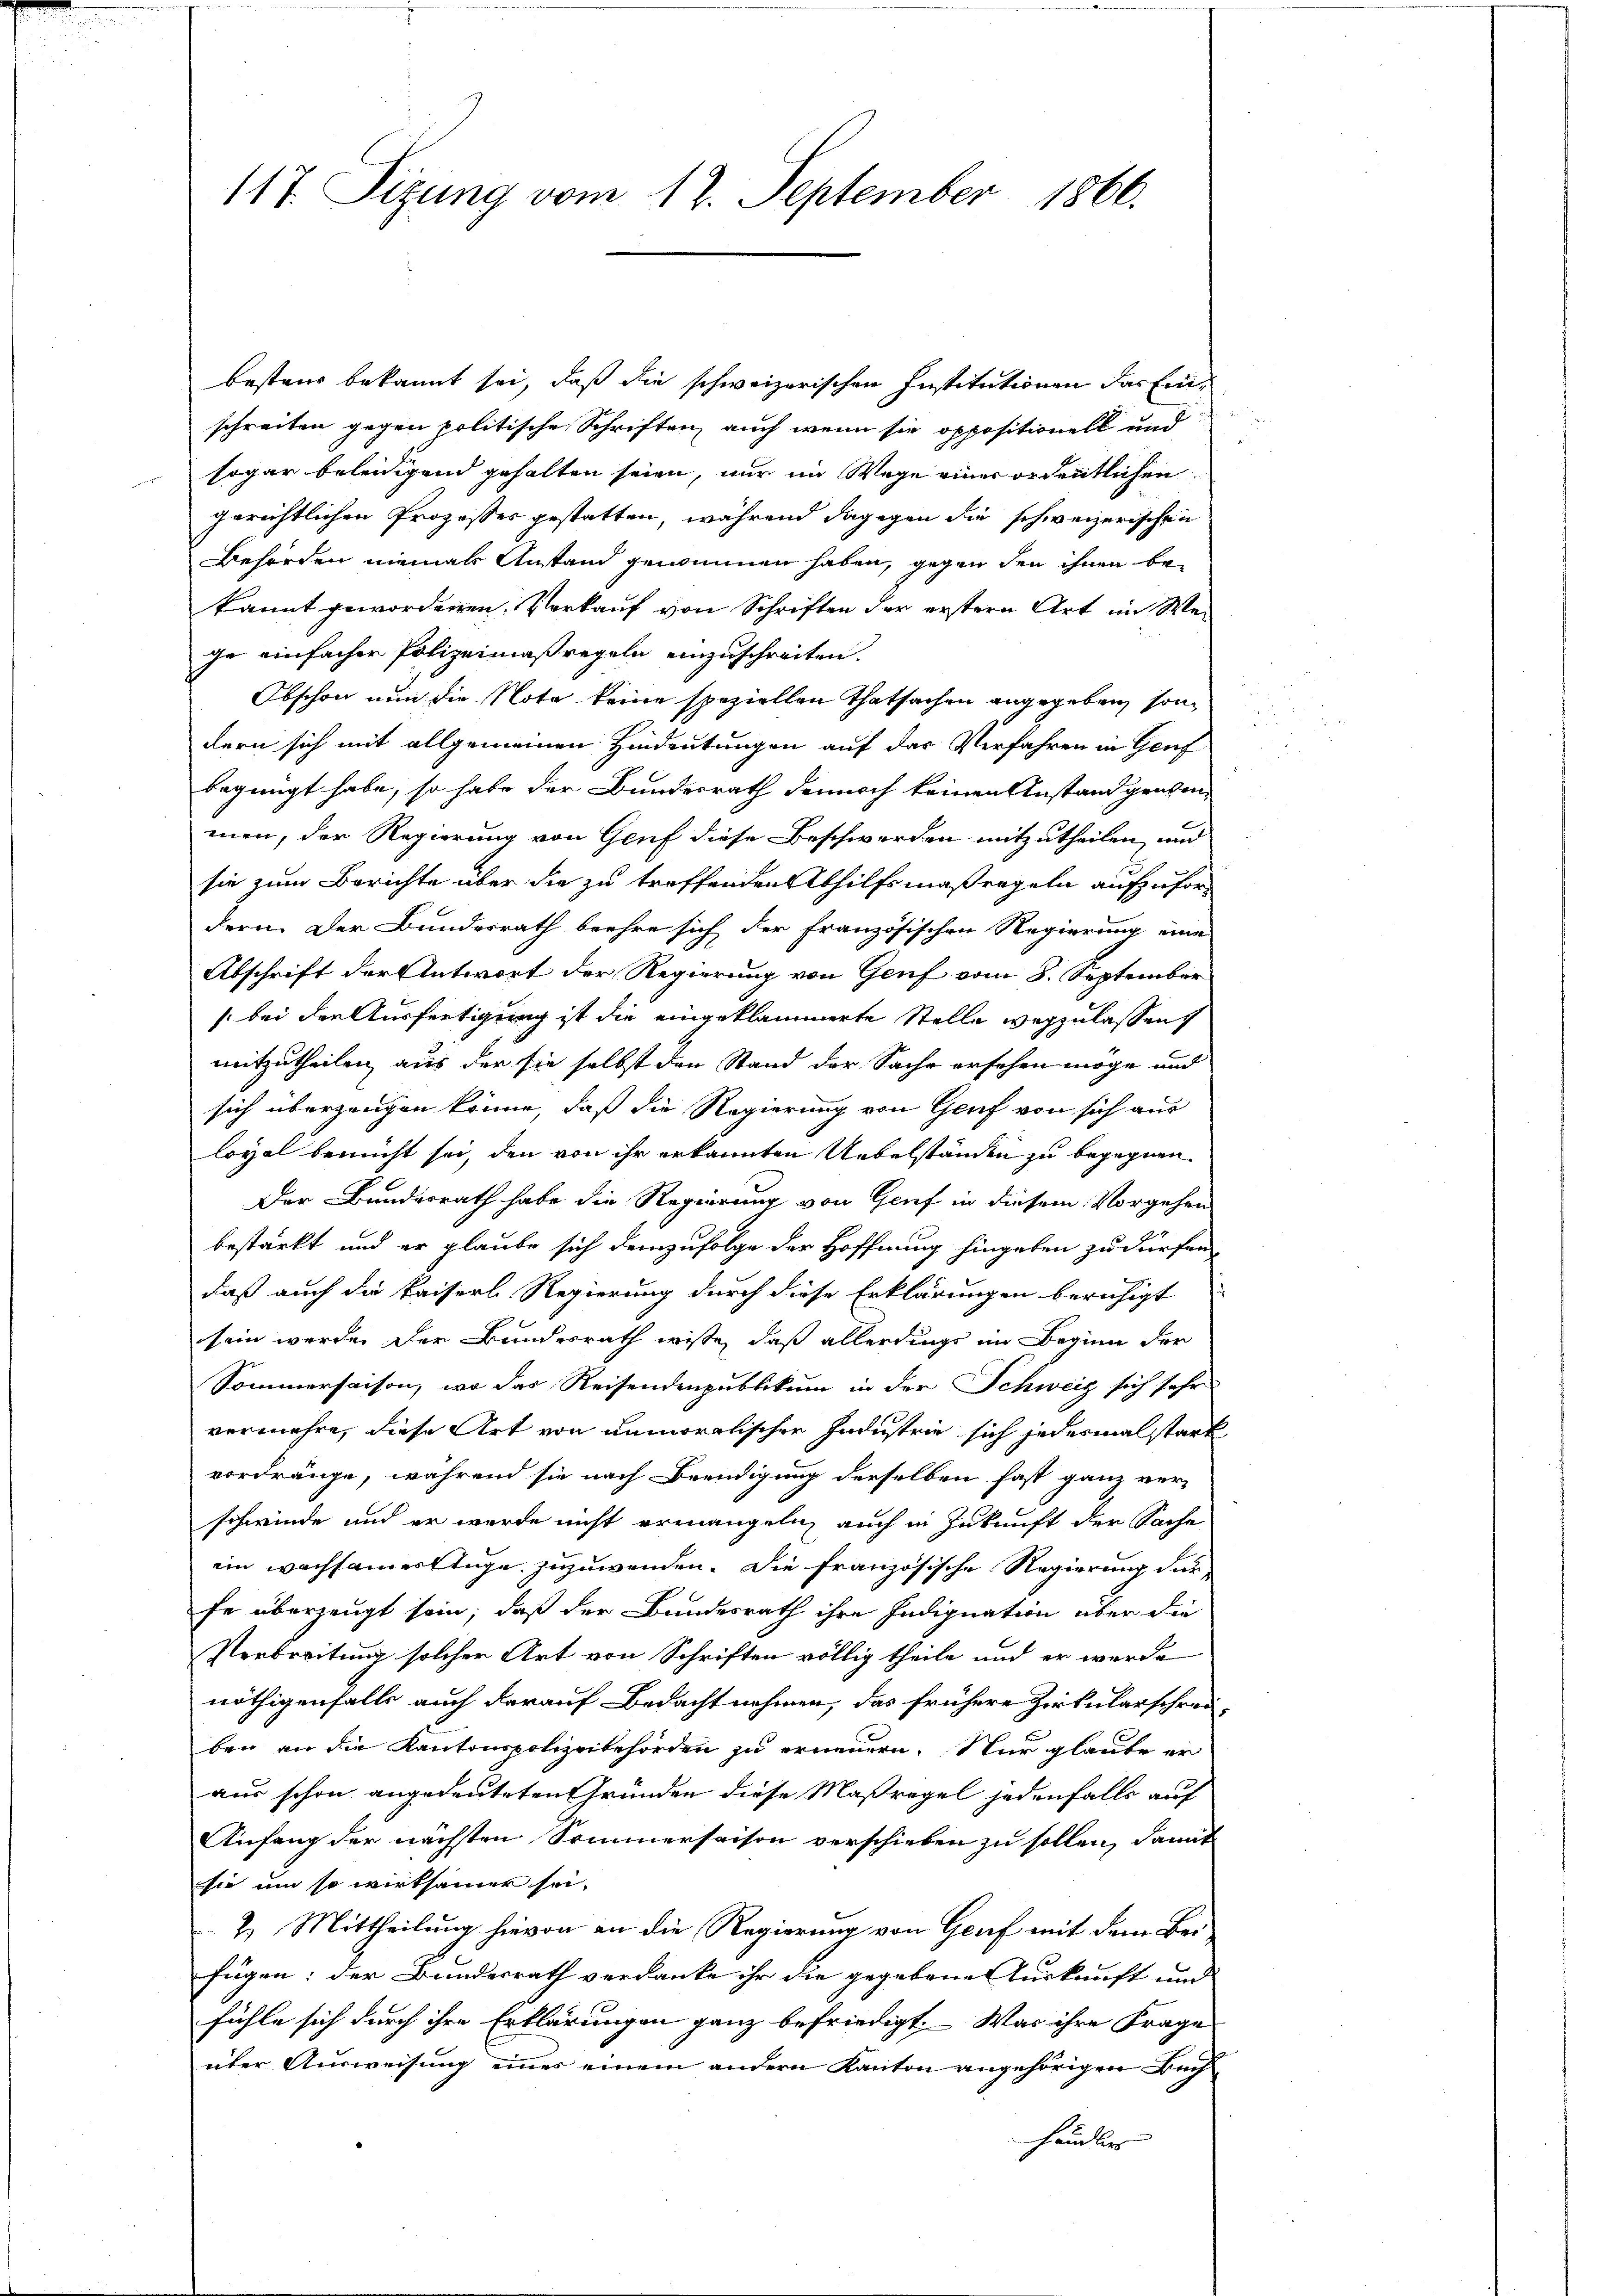
117. Sizung vom 12. September 1866.

bestand bekannt sei, daß die schweizerischen Institutionen das Einschreiten gegen politische Schriften, auch wenn sie oppositionell und
sogar beleidigend gehalten seien, nur im Wege einer ordentlichen
gerichtlichen Prozesses gestatten, während dagegen die schweizerischen
Behörden niemals Anstand gewinnen haben, gegen den ihnen bekannt gewordenen Verkauf von Schriften der erstern Art im Wege einfacher Polizeimaßregeln einzuschreiten.
Obschon nun die Note keine speziellen Thatsachen angegeben, sondern sich mit allgemeinen Hindeutungen auf das Verfahren in Genf
begnügt habe, so habe der Bundesrath dennoch keinen Anstand geben
men, der Regierung von Genf diese Beschwerden mitzutheilen, und
sie zum Berichte über die zu treffenden Abhilfsmaßregeln aufzufordern. Der Bundesrath beehre sich der französischen Regierung eine
Abschrift der Antwort der Regierung von Genf vom 8. September
s bei der Ausfertigung ist die eingeklammerte Stelle wegzulassen
mitzutheilen, aus der sie selbst den Stand der Sache ersehen möge und
sich überzeugen könne, daß die Regierung von Genf von sich aus
loyal bemüht sei, den von ihr erkannten Uebelständen zu begegnen
Der Bundesrath habe die Regierung von Genf in diesem Vorgehen
bestärkt, und er glaube sich demzufolge der Hoffnung hingeben zu dürfen,
daß auch die Kaiserl Regierung durch diese Erklärungen beruhigt
sein werden der Bundesrath wisse, daß allerdings im Begien der
Sommersaison, wo das Reisendenpublikum in der Schweiz sich sehr
vermehre, diese Art von unmoralischen Industrie sich jedesmal stark
vordränge, während sie nach Beendigung derselben fast ganz ver-
schwinde und er werde nicht ermangeln, auch in Zukunft der Sache
ein wachsammerlinge zuzuwenden. Die französische Regierung dur
fe überzeugt sein, daß der Bundesrath ihre Indignation über die
Verbreitung solcher Art von Schriften völlig theile und er werde
nöthigenfalls auch darauf Bedacht nehmen, das frühere Zirkularschrei-
ben an die Kantonspolizeibehörden zu erneuern. Nur glaube er
aus schon angedeuteten Gründen diese Maßregel jedenfalls auf
Anfang der nächsten Sommersaison verschieben zu sollen, damit
sie um so wirksamer sei,
2. Mittheilung hievon in die Regierung von Genf mit dem Bei
fügen: der Bundesrath verdanke ihr die gegebene Auskunft und
fühle sich durch ihre Erklärungen ganz befriedigt. Was ihre Frage
über Ausweisung einer einem andern Kanton angehörigen Buchhändlers